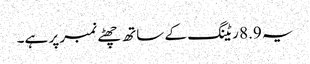
یہ 8.9 ریٹنگ کے ساتھ چھٹے نمبر پر ہے۔